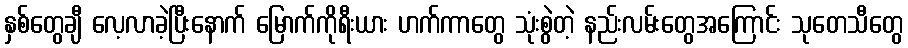
နှစ်တွေချီ လေ့လာခဲ့ပြီးနောက် မြောက်ကိုရီးယား ဟက်ကာတွေ သုံးစွဲတဲ့ နည်းလမ်းတွေအကြောင်း သုတေသီတွေ